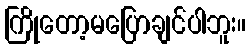
ကြိုတော့မပြောချင်ပါဘူး။